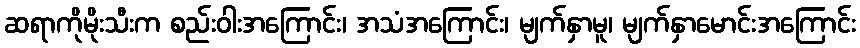
ဆရာကိုမိုးသီးက စည်းဝါးအကြောင်း၊ အသံအကြောင်း၊ မျက်နှာမူ၊ မျက်နှာမောင်းအကြောင်း